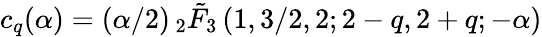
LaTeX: c_{q}(\alpha)=(\alpha/2)\, {}_{2}\tilde{F}_{3}\left(1,3/2,2;2-q,2+q;-\alpha\right)